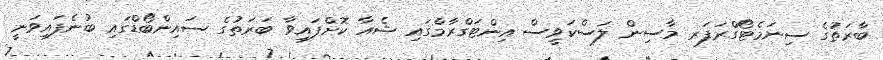
ބާރަތުގެ ސިނަމެޓޯގްރަފަރ މާސިން ލަސްކަވީސް އިންޓަގްރާމްގައި ޝެއާ ކޮށްފައިވާ ބަރަތުގެ ސައިންބޯޑްގައި ބުނެފައިވަނީ